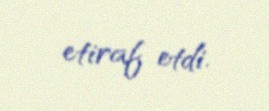
etiraf etdi.